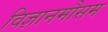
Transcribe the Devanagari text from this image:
विज्ञानमौसम